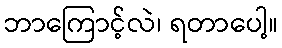
ဘာကြောင့်လဲ၊ ရတာပေါ့။